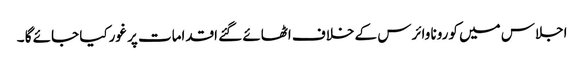
اجلاس میں کورونا وائرس کے خلاف اٹھائے گئے اقدامات پر غورکیا جائے گا ۔